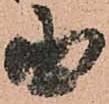
国